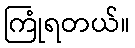
ကြုံရတယ်။